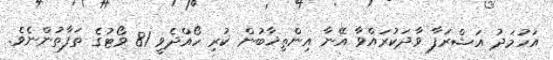
އަހުމަދު އަޝްރަފާ ވާދަކުރައްވާ އޭނާ އިންތިޚާބުން ކުރި ހޯއްދެވީ 81 ވޯޓުގެ ތަފާތުންނެވެ.